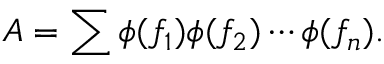
A = \sum \phi ( f _ { 1 } ) \phi ( f _ { 2 } ) \cdots \phi ( f _ { n } ) .